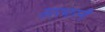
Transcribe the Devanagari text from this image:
कारभारनी